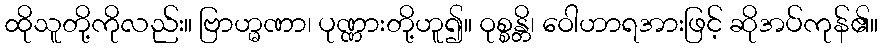
ထိုသူတို့ကိုလည်း။ ဗြာဟ္မဏာ၊ ပုဏ္ဏားတို့ဟူ၍။ ဝုစ္စန္တိ၊ ဝေါဟာရအားဖြင့် ဆိုအပ်ကုန်၏။